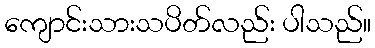
ကျောင်းသားသပိတ်လည်း ပါသည်။